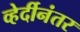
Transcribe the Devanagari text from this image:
व्हेर्दीनंतर